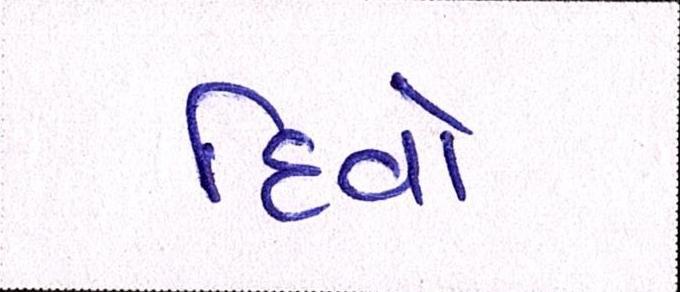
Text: દિવો